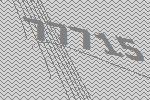
77715